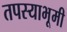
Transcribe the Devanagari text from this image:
तपस्याभूमी